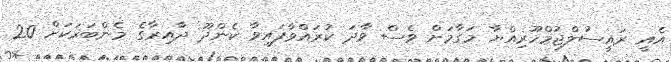
އެއީ ރައީސުލްޖުމްހޫރިއްޔާ މަގާމަށް ވެސް ވާދަ ކުރައްވާފައިވާ ކެންދޫ ދާއިރާގެ މެންބަރަކަށް 20